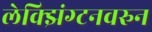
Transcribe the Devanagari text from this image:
लेक्झिंग्टनवरुन